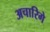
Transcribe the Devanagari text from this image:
अचारिगे